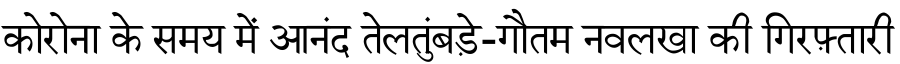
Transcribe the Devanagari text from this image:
कोरोना के समय में आनंद तेलतुंबड़े-गौतम नवलखा की गिरफ़्तारी